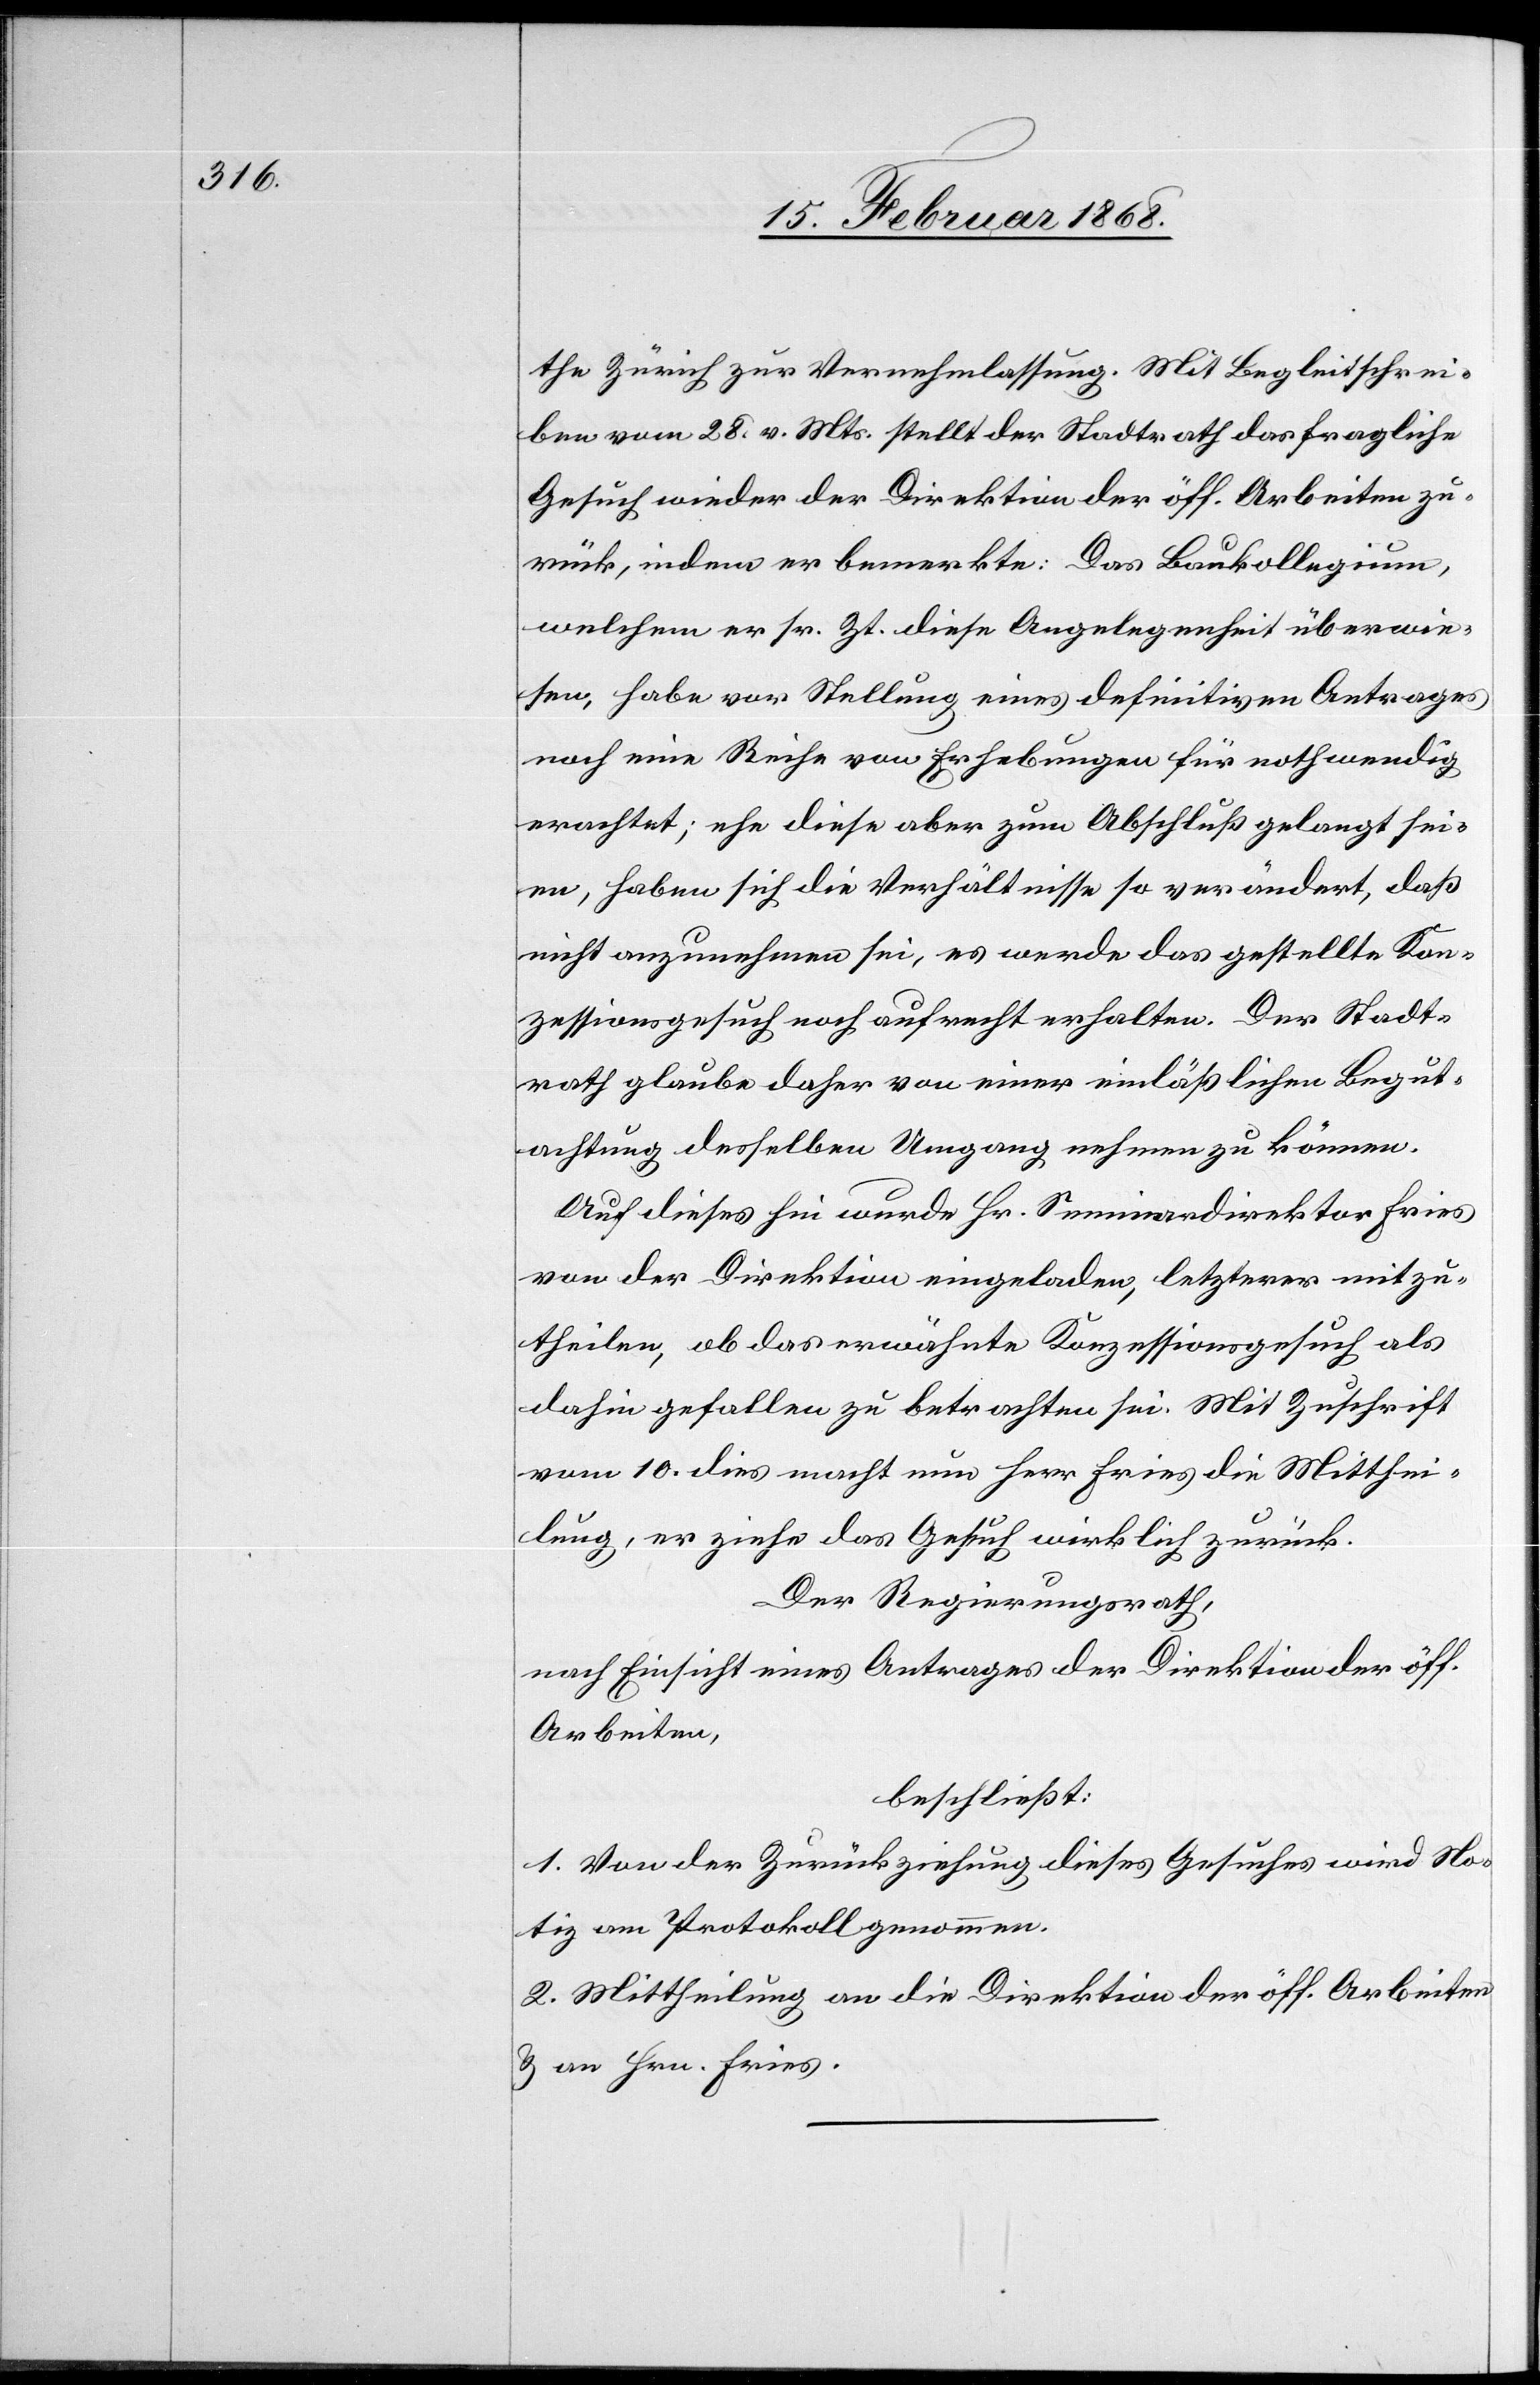
the Zürich zur Vernehmlassung. Mit Begleitschrei¬
ben vom 28. v. Mts. stellt der Stadtrath das fragliche
Gesuch wieder der Direktion der öff. Arbeiten zu¬
rück, indem er bemerkte: Das Baukollegium,
welchem er sr. Zt. diese Angelegenheit überwie¬
sen, habe vor Stellung eines definitiven Antrages
noch eine Reihe von Erhebungen für nothwendig
erachtet; ehe diese aber zum Abschluß gelangt sei¬
en, haben sich die Verhältnisse so verändert, daß
nicht anzunehmen sei, es werde das gestellte Kon¬
zessionsgesuch noch aufrecht erhalten. Der Stadt¬
rath glaube daher von einer einläßlichen Begut¬
achtung desselben Umgang nehmen zu können.
Auf dieses hin wurde Hr. Seminardirektor Fries
von der Direktion eingeladen, letzterer mitzu¬
theilen, ob das erwähnte Konzessionsgesuch als
dahin gefallen zu betrachten sei. Mit Zuschrift
vom 10. dies macht nun Herr Fries die Mitthei¬
lung, er ziehe das Gesuch wirklich zurück.
Der Regierungsrath,
nach Einsicht eines Antrages der Direktion der öff.
Arbeiten,
beschließt:
1. Von der Zurückziehung dieses Gesuches wird No¬
tiz am Protokoll genommen.
2. Mittheilung an die Direktion der öff. Arbeiten
& an Hrn. Fries.